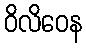
ဝိလိဝေန